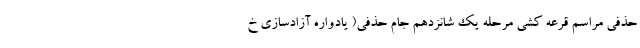
حذفی مراسم قرعه کشی مرحله یک شانزدهم جام حذفی( یادواره آزادسازی خ